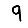
Digit: 9